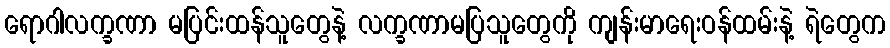
ရောဂါလက္ခဏာ မပြင်းထန်သူတွေနဲ့ လက္ခဏာမပြသူတွေကို ကျန်းမာရေးဝန်ထမ်းနဲ့ ရဲတွေက